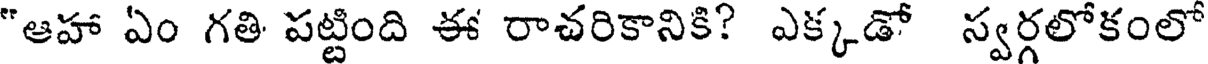
"ఆహా ఏం గతి పట్టింది ఈ రాచరికానికి? ఎక్కడో స్వర్గలోకంలో